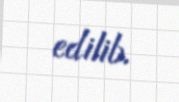
edilib.